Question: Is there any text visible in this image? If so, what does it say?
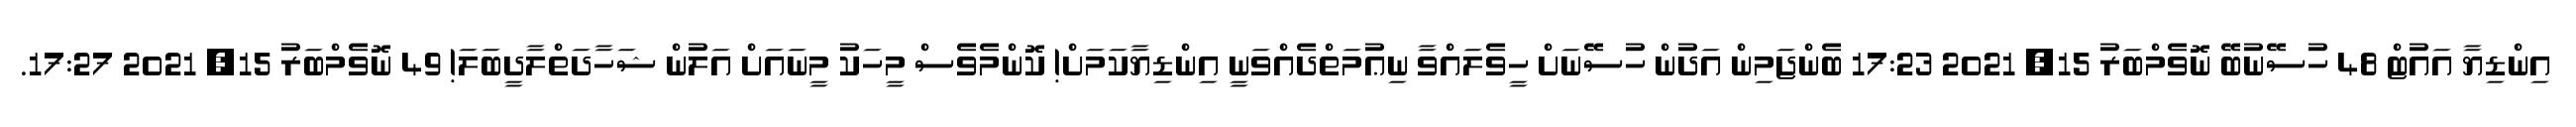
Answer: އިންޑިޔާ އައުޓް 48 ހުސޭނުބޭ ނޮވެމްބަރު 15, 2021 17:23 ބެންޖަމިން އަދުން ހުސޭނަށް ހީވެލައްވާ ނިޢުމަތްދެއްވަނީ އިންޑިޔާކަމަށް! ކޮންމެވެސް މީހަކު މީނައަށް އަލުން ޝަހާދަތްލާދީބަލަ! 49 ނޮވެމްބަރު 15, 2021 17:27.